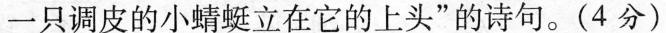
一只调皮的小蜻蜓立在它的上头”的诗句。(4分)